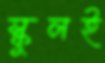
স্কুলই